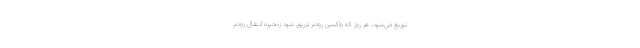
توزیع می‌شود، هر روز که واکسن زودتر تزریق شود زنجیرهٔ انتقال زودتر